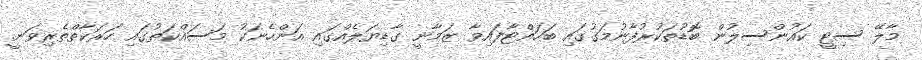
މާލޭ ސިޓީ ކައުންސިލުން ބޮޑުތަކުރުފާނުމަގުގައި ބަހައްޓާފައިވާ ޒަމާނީ ގާޑިޔަލެއްގައި އަންހެނަކު މަސައްކަތުގައި ހަރަކާތްތެރިވަނީ.